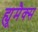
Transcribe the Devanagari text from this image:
ह्यूमैक्स